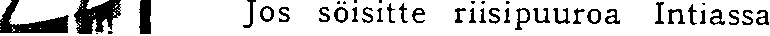
Jos söisitte riisipuuroa Intiassa